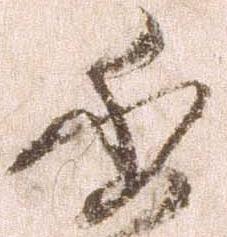
委